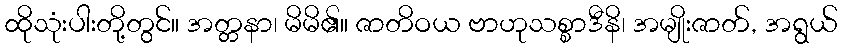
ထိုသုံးပါးတို့တွင်။ အတ္တနာ၊ မိမိ၏။ ဇာတိဝယ ဗာဟုသစ္စာဒီနိ၊ အမျိုးဇာတ်, အရွယ်